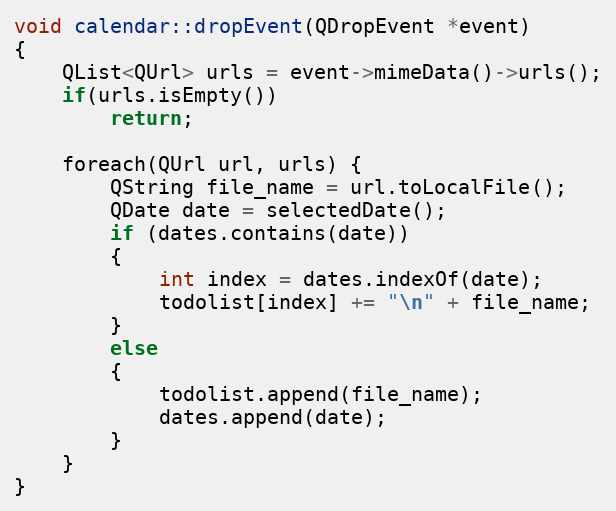
Language: C++
void calendar::dropEvent(QDropEvent *event)
{
    QList<QUrl> urls = event->mimeData()->urls();
    if(urls.isEmpty())
        return;

    foreach(QUrl url, urls) {
        QString file_name = url.toLocalFile();
        QDate date = selectedDate();
        if (dates.contains(date))
        {
            int index = dates.indexOf(date);
            todolist[index] += "\n" + file_name;
        }
        else
        {
            todolist.append(file_name);
            dates.append(date);
        }
    }
}